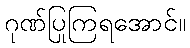
ဂုဏ်ပြုကြရအောင်။